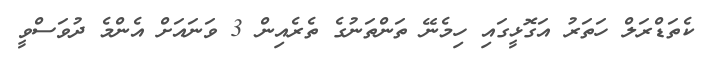
ކެތަޑްރަލް ހަތަރު އަގޮޅީގައި ހިމެނޭ ތަންތަނުގެ ތެރެއިން 3 ވަނައަށް އެންމެ ދުވަސްވީ